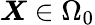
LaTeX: \boldsymbol{X}\in\Omega_{0}